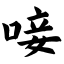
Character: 唼